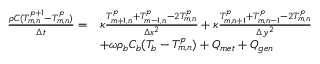
\begin{array} { r l } { \frac { \rho C ( T _ { m , n } ^ { p + 1 } - T _ { m , n } ^ { p } ) } { \Delta t } = } & { \kappa \frac { T _ { m + 1 , n } ^ { p } + T _ { m - 1 , n } ^ { p } - 2 T _ { m , n } ^ { p } } { \Delta x ^ { 2 } } + \kappa \frac { T _ { m , n + 1 } ^ { p } + T _ { m , n - 1 } ^ { p } - 2 T _ { m , n } ^ { p } } { \Delta y ^ { 2 } } } \\ & { + \omega \rho _ { b } C _ { b } ( T _ { b } - T _ { m , n } ^ { p } ) + Q _ { m e t } + Q _ { g e n } } \end{array}